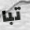
تبا